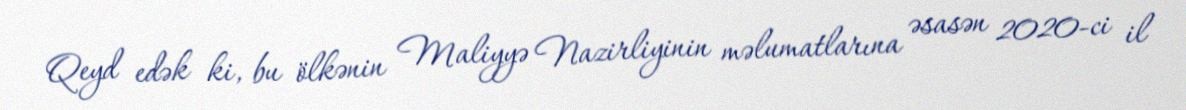
Qeyd edək ki, bu ölkənin Maliyyə Nazirliyinin məlumatlarına əsasən 2020-ci il